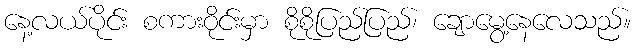
နေ့လယ်ပိုင်း စကားဝိုင်းမှာ စိုစိုပြည်ပြည်၊ ချောမွေ့နေလေသည်။